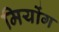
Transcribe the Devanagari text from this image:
मियोंग